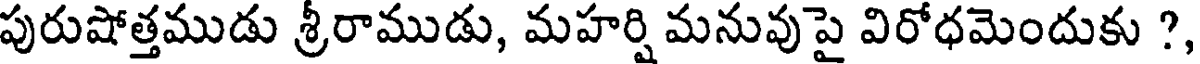
పురుషోత్తముడు శ్రీరాముడు, మహర్షి మనువు పై విరోధమెందుకు ?,